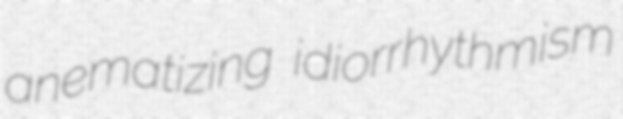
anematizing idiorrhythmism